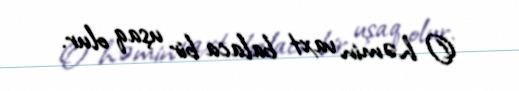
O həmin vaxt balaca bir uşaq olur.